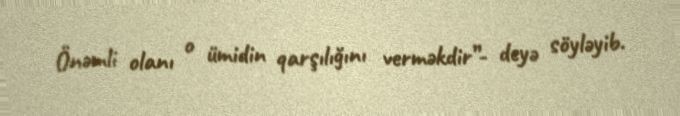
Önəmli olanı o ümidin qarşılığını verməkdir”- deyə söyləyib.